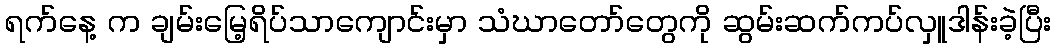
ရက်နေ့ က ချမ်းမြေ့ရိပ်သာကျောင်းမှာ သံဃာတော်တွေကို ဆွမ်းဆက်ကပ်လှူဒါန်းခဲ့ပြီး